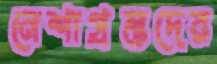
নেশাগ্রস্তদের